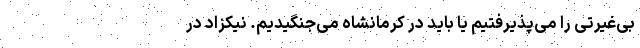
بی‌غیرتی را می‌پذیرفتیم یا باید در کرمانشاه می‌جنگیدیم. نیکزاد در